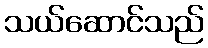
သယ်ဆောင်သည်